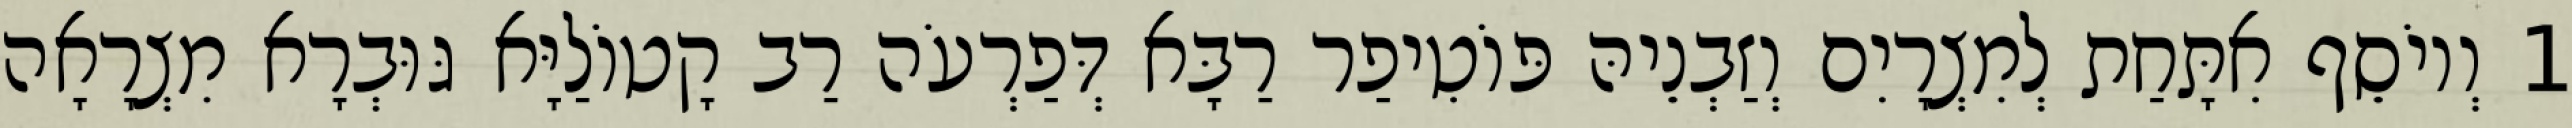
1 וְיוֹסֵף אִתָּחַת לְמִצְרָיִם וְזַבְנֵיהּ פּוֹטִיפַר רַבָּא דְּפַרְעֹה רַב קָטוֹלַיָּא גּוּבְרָא מִצְרָאָה